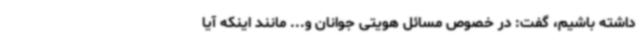
داشته باشیم، گفت: در خصوص مسائل هویتی جوانان و... مانند اینکه آیا